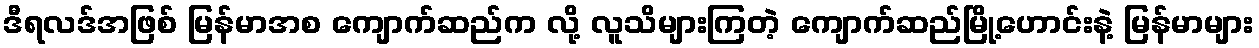
ဒီရလဒ်အဖြစ် မြန်မာအစ ကျောက်ဆည်က လို့ လူသိများကြတဲ့ ကျောက်ဆည်မြို့ဟောင်းနဲ့ မြန်မာများ